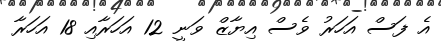
އެ ފަސް އަހަރު ވެސް އިޔާޒް ވަނީ 12 އަހަރާއި 18 އަހަރާ